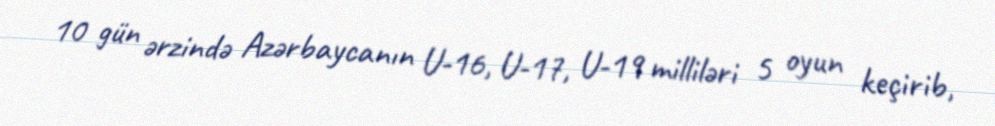
10 gün ərzində Azərbaycanın U-16, U-17, U-19 milliləri 5 oyun keçirib,